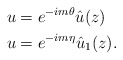
\begin{align*} &u=e^{-im\theta}\hat u(z) \\&u=e^{-im\eta}\hat u_1(z). \end{align*}